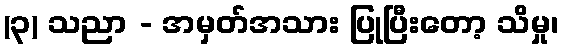
(၃) သညာ - အမှတ်အသား ပြုပြီးတော့ သိမှု၊